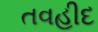
તવહીદ